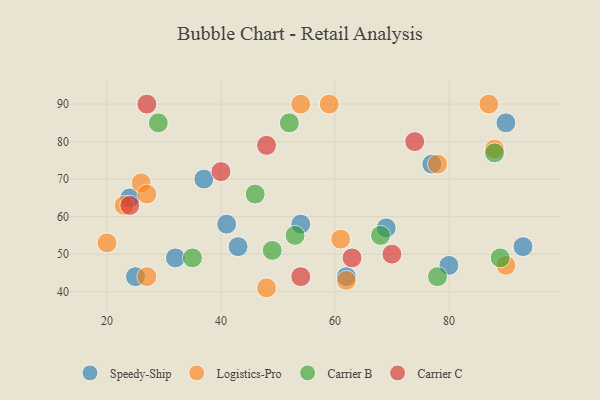
{"axis": {"x": "GDP", "y": "Life Expectancy"}, "legend": ["Carrier B", "Carrier C", "Logistics-Pro", "Speedy-Ship"], "data": [{"x": "54", "y": 58, "type": "Speedy-Ship"}, {"x": "25", "y": 44, "type": "Speedy-Ship"}, {"x": "32", "y": 49, "type": "Speedy-Ship"}, {"x": "43", "y": 52, "type": "Speedy-Ship"}, {"x": "62", "y": 44, "type": "Speedy-Ship"}, {"x": "93", "y": 52, "type": "Speedy-Ship"}, {"x": "90", "y": 85, "type": "Speedy-Ship"}, {"x": "77", "y": 74, "type": "Speedy-Ship"}, {"x": "80", "y": 47, "type": "Speedy-Ship"}, {"x": "41", "y": 58, "type": "Speedy-Ship"}, {"x": "37", "y": 70, "type": "Speedy-Ship"}, {"x": "69", "y": 57, "type": "Speedy-Ship"}, {"x": "24", "y": 65, "type": "Speedy-Ship"}, {"x": "87", "y": 90, "type": "Logistics-Pro"}, {"x": "62", "y": 43, "type": "Logistics-Pro"}, {"x": "26", "y": 69, "type": "Logistics-Pro"}, {"x": "59", "y": 90, "type": "Logistics-Pro"}, {"x": "61", "y": 54, "type": "Logistics-Pro"}, {"x": "54", "y": 90, "type": "Logistics-Pro"}, {"x": "90", "y": 47, "type": "Logistics-Pro"}, {"x": "27", "y": 66, "type": "Logistics-Pro"}, {"x": "23", "y": 63, "type": "Logistics-Pro"}, {"x": "27", "y": 44, "type": "Logistics-Pro"}, {"x": "20", "y": 53, "type": "Logistics-Pro"}, {"x": "78", "y": 74, "type": "Logistics-Pro"}, {"x": "88", "y": 78, "type": "Logistics-Pro"}, {"x": "48", "y": 41, "type": "Logistics-Pro"}, {"x": "53", "y": 55, "type": "Carrier B"}, {"x": "88", "y": 77, "type": "Carrier B"}, {"x": "68", "y": 55, "type": "Carrier B"}, {"x": "78", "y": 44, "type": "Carrier B"}, {"x": "35", "y": 49, "type": "Carrier B"}, {"x": "52", "y": 85, "type": "Carrier B"}, {"x": "89", "y": 49, "type": "Carrier B"}, {"x": "29", "y": 85, "type": "Carrier B"}, {"x": "46", "y": 66, "type": "Carrier B"}, {"x": "49", "y": 51, "type": "Carrier B"}, {"x": "54", "y": 44, "type": "Carrier C"}, {"x": "74", "y": 80, "type": "Carrier C"}, {"x": "70", "y": 50, "type": "Carrier C"}, {"x": "24", "y": 63, "type": "Carrier C"}, {"x": "27", "y": 90, "type": "Carrier C"}, {"x": "48", "y": 79, "type": "Carrier C"}, {"x": "63", "y": 49, "type": "Carrier C"}, {"x": "40", "y": 72, "type": "Carrier C"}]}